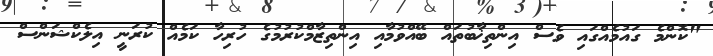
"ކޮންމެ ގައުމެއްގައި ވެސް އިންތިޚާބުތައް ބޭއްވުމާއި އިންތިޒާމްކުރުމުގެ ހުރިހާ ކަމެއް ކުރަނީ އިލެކްޝަންސް